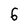
Character: 6